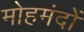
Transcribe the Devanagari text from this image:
मोहमंदों